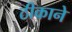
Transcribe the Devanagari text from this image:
ठीकाने